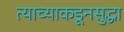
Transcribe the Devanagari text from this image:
त्याच्याकडूनसुद्धा